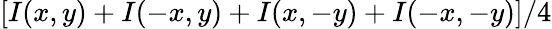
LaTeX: [I(x,y)+I(-x,y)+I(x,-y)+I(-x,-y)]/4